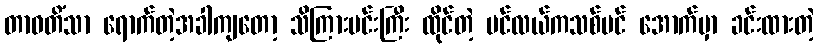
တာဝတိံသာ ရောက်တဲ့အခါကျတော့ သိကြားမင်းကြီး ထိုင်တဲ့ ပင်လယ်ကသစ်ပင် အောက်မှာ ခင်းထားတဲ့